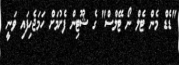
"ޑެޑް މެން ޓެލް ނޯ ޓޭލްސް" ގެ ޝޫޓިން ފެށުމަށް ހަމަޖެހިފައި ވަނީ